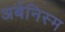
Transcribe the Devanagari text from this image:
अर्बनिस्म